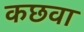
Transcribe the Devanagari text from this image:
कछवा